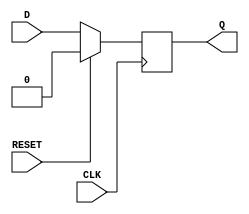
module synchronous_register (
    input wire CLK,    // Clock input
    input wire RESET,  // Synchronous reset input
    input wire D,      // Data input
    output reg Q       // Data output
);

// Always block triggered on clock edge
always @(posedge CLK) begin
    if (RESET) begin
        Q <= 1'b0;     // Set output Q to 0 on reset
    end else begin
        Q <= D;        // Capture data input D on clock edge
    end
end

endmodule